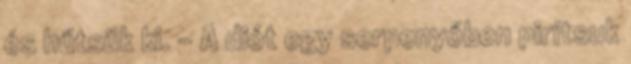
és hűtsük ki. - A diót egy serpenyőben pirítsuk